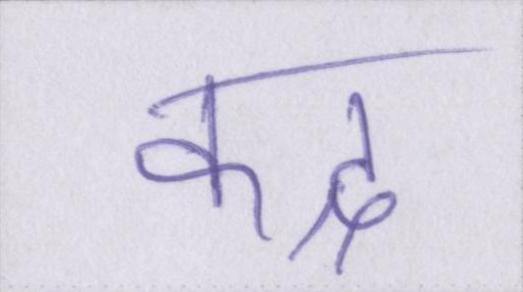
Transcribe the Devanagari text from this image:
कद्र